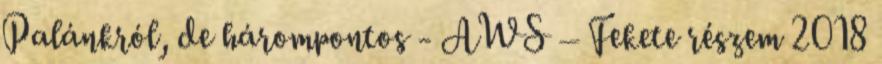
Palánkról, de hárompontos - AWS – Fekete részem 2018